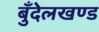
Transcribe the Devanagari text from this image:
बुँदेलखण्ड